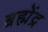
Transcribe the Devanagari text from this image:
ब्रह्मेंद्र